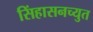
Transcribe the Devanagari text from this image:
सिंहासनच्युत